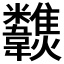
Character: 𩏶